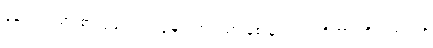
နေ့လယ် စာ စားပွဲများ၊ ကပွဲများတွင်သာ နစ်မြုပ်လျက်ရှိကာ ကိုယ့်ဘဝကို